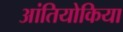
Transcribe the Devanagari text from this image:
आंतियोकिया